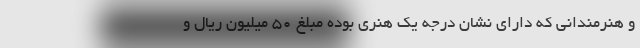
و هنرمندانی که دارای نشان درجه یک هنری بوده مبلغ ۵۰ میلیون ریال و